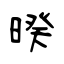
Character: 暌